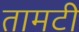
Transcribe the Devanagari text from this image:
तामटी